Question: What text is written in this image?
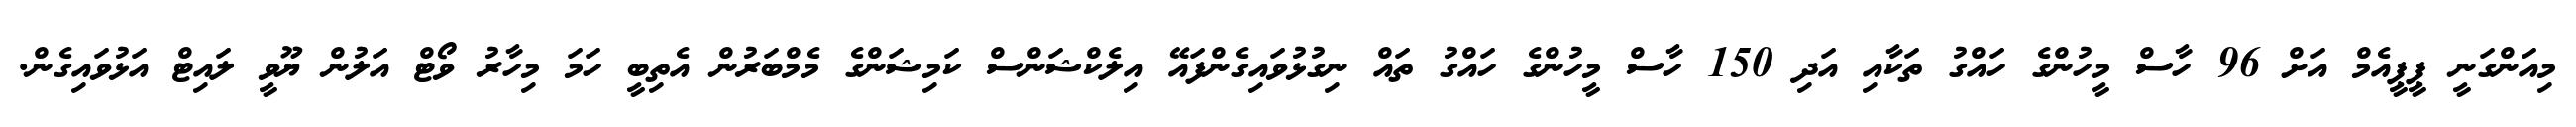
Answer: މިއަންގަނީ ޕީޕީއެމް އަށް 96 ހާސް މީހުންގެ ހައްގު ތަކާއި އަދި 150 ހާސް މީހުންގެ ހައްގު ތައް ނިގުޅުވައިގެންފައޭ އިލެކްޝަންސް ކަމިޝަންގެ މެމްބަރުން އެތިބީ ހަމަ މިހާރު ވޯޓް އަލުން ޔޫވީ ލައިޓް އަޅުވައިގެން.